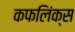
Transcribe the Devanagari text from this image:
कफलिंक्स